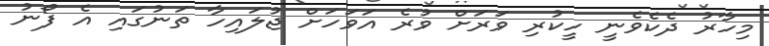
މިހާރު ދެކެވެނީ ހީކުރި ވަރަށް ވުރެ އަވަހަށް ޖުލައިހާ ތަނުގައި އެ ފޯނު